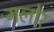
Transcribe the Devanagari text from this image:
गलोर